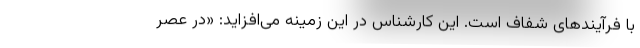
با فرآیندهای شفاف است. این کارشناس در این زمینه می‌افزاید: «در عصر